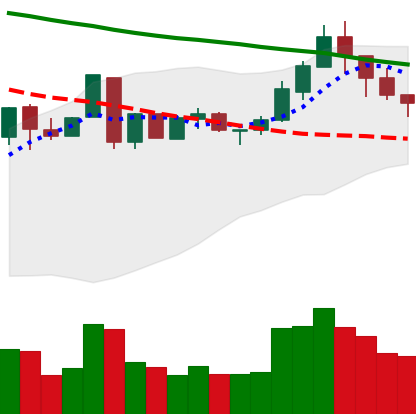
Ticker: LTC-USD
Chart end date: 2018-05-09
Forward return: -5.948%
Label: down_5_7